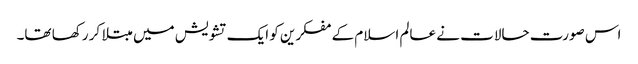
اس صورت حالات نے عالم اسلام کے مفکرین کو ایک تشویش میں مبتلا کر رکھا تھا۔